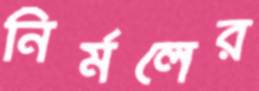
নির্মলের